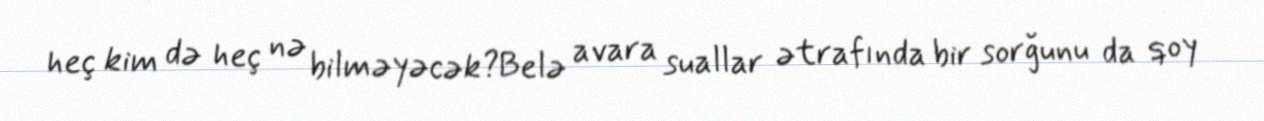
heç kim də heç nə bilməyəcək?Belə avara suallar ətrafında bir sorğunu da qoy